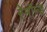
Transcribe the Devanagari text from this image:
रेमॉन्ड